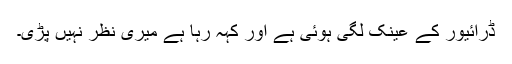
ڈرائیور کے عینک لگی ہوئی ہے اور کہہ رہا ہے میری نظر نہیں پڑی۔